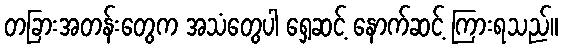
တခြားအတန်းတွေက အသံတွေပါ ရှေ့ဆင့် နောက်ဆင့် ကြားရသည်။